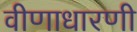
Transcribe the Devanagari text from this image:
वीणाधारणी